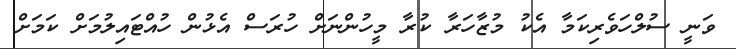
ވަނީ ސުލްހަވެރިކަމާ އެކު މުޒާހަރާ ކުރާ މީހުންނަށް ހުރަސް އެޅުން ހުއްޓައިލުމަށް ކަމަށް